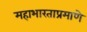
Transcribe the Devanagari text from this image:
महाभारताप्रमाणे